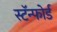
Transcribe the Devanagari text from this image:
स्टॅन्फोर्ड